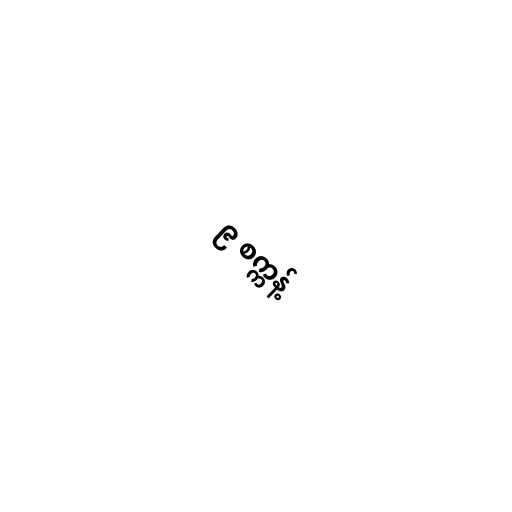
၉ စက္ကန့်